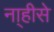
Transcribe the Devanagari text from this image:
ना्हीसे